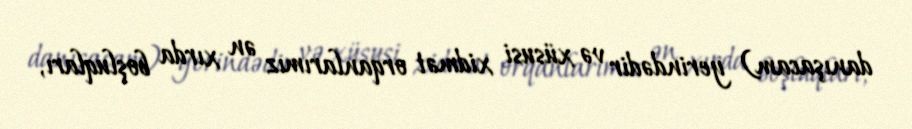
danışacam) yerindədir və xüsusi xidmət orqanlarımız ən xırda boşluqları,